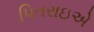
પિતરાઇએ